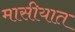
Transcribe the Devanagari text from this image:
मासीयात